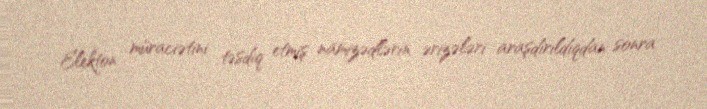
Elekton müraciətini təsdiq etmiş namizədlərin ərizələri araşdırıldıqdan sonra